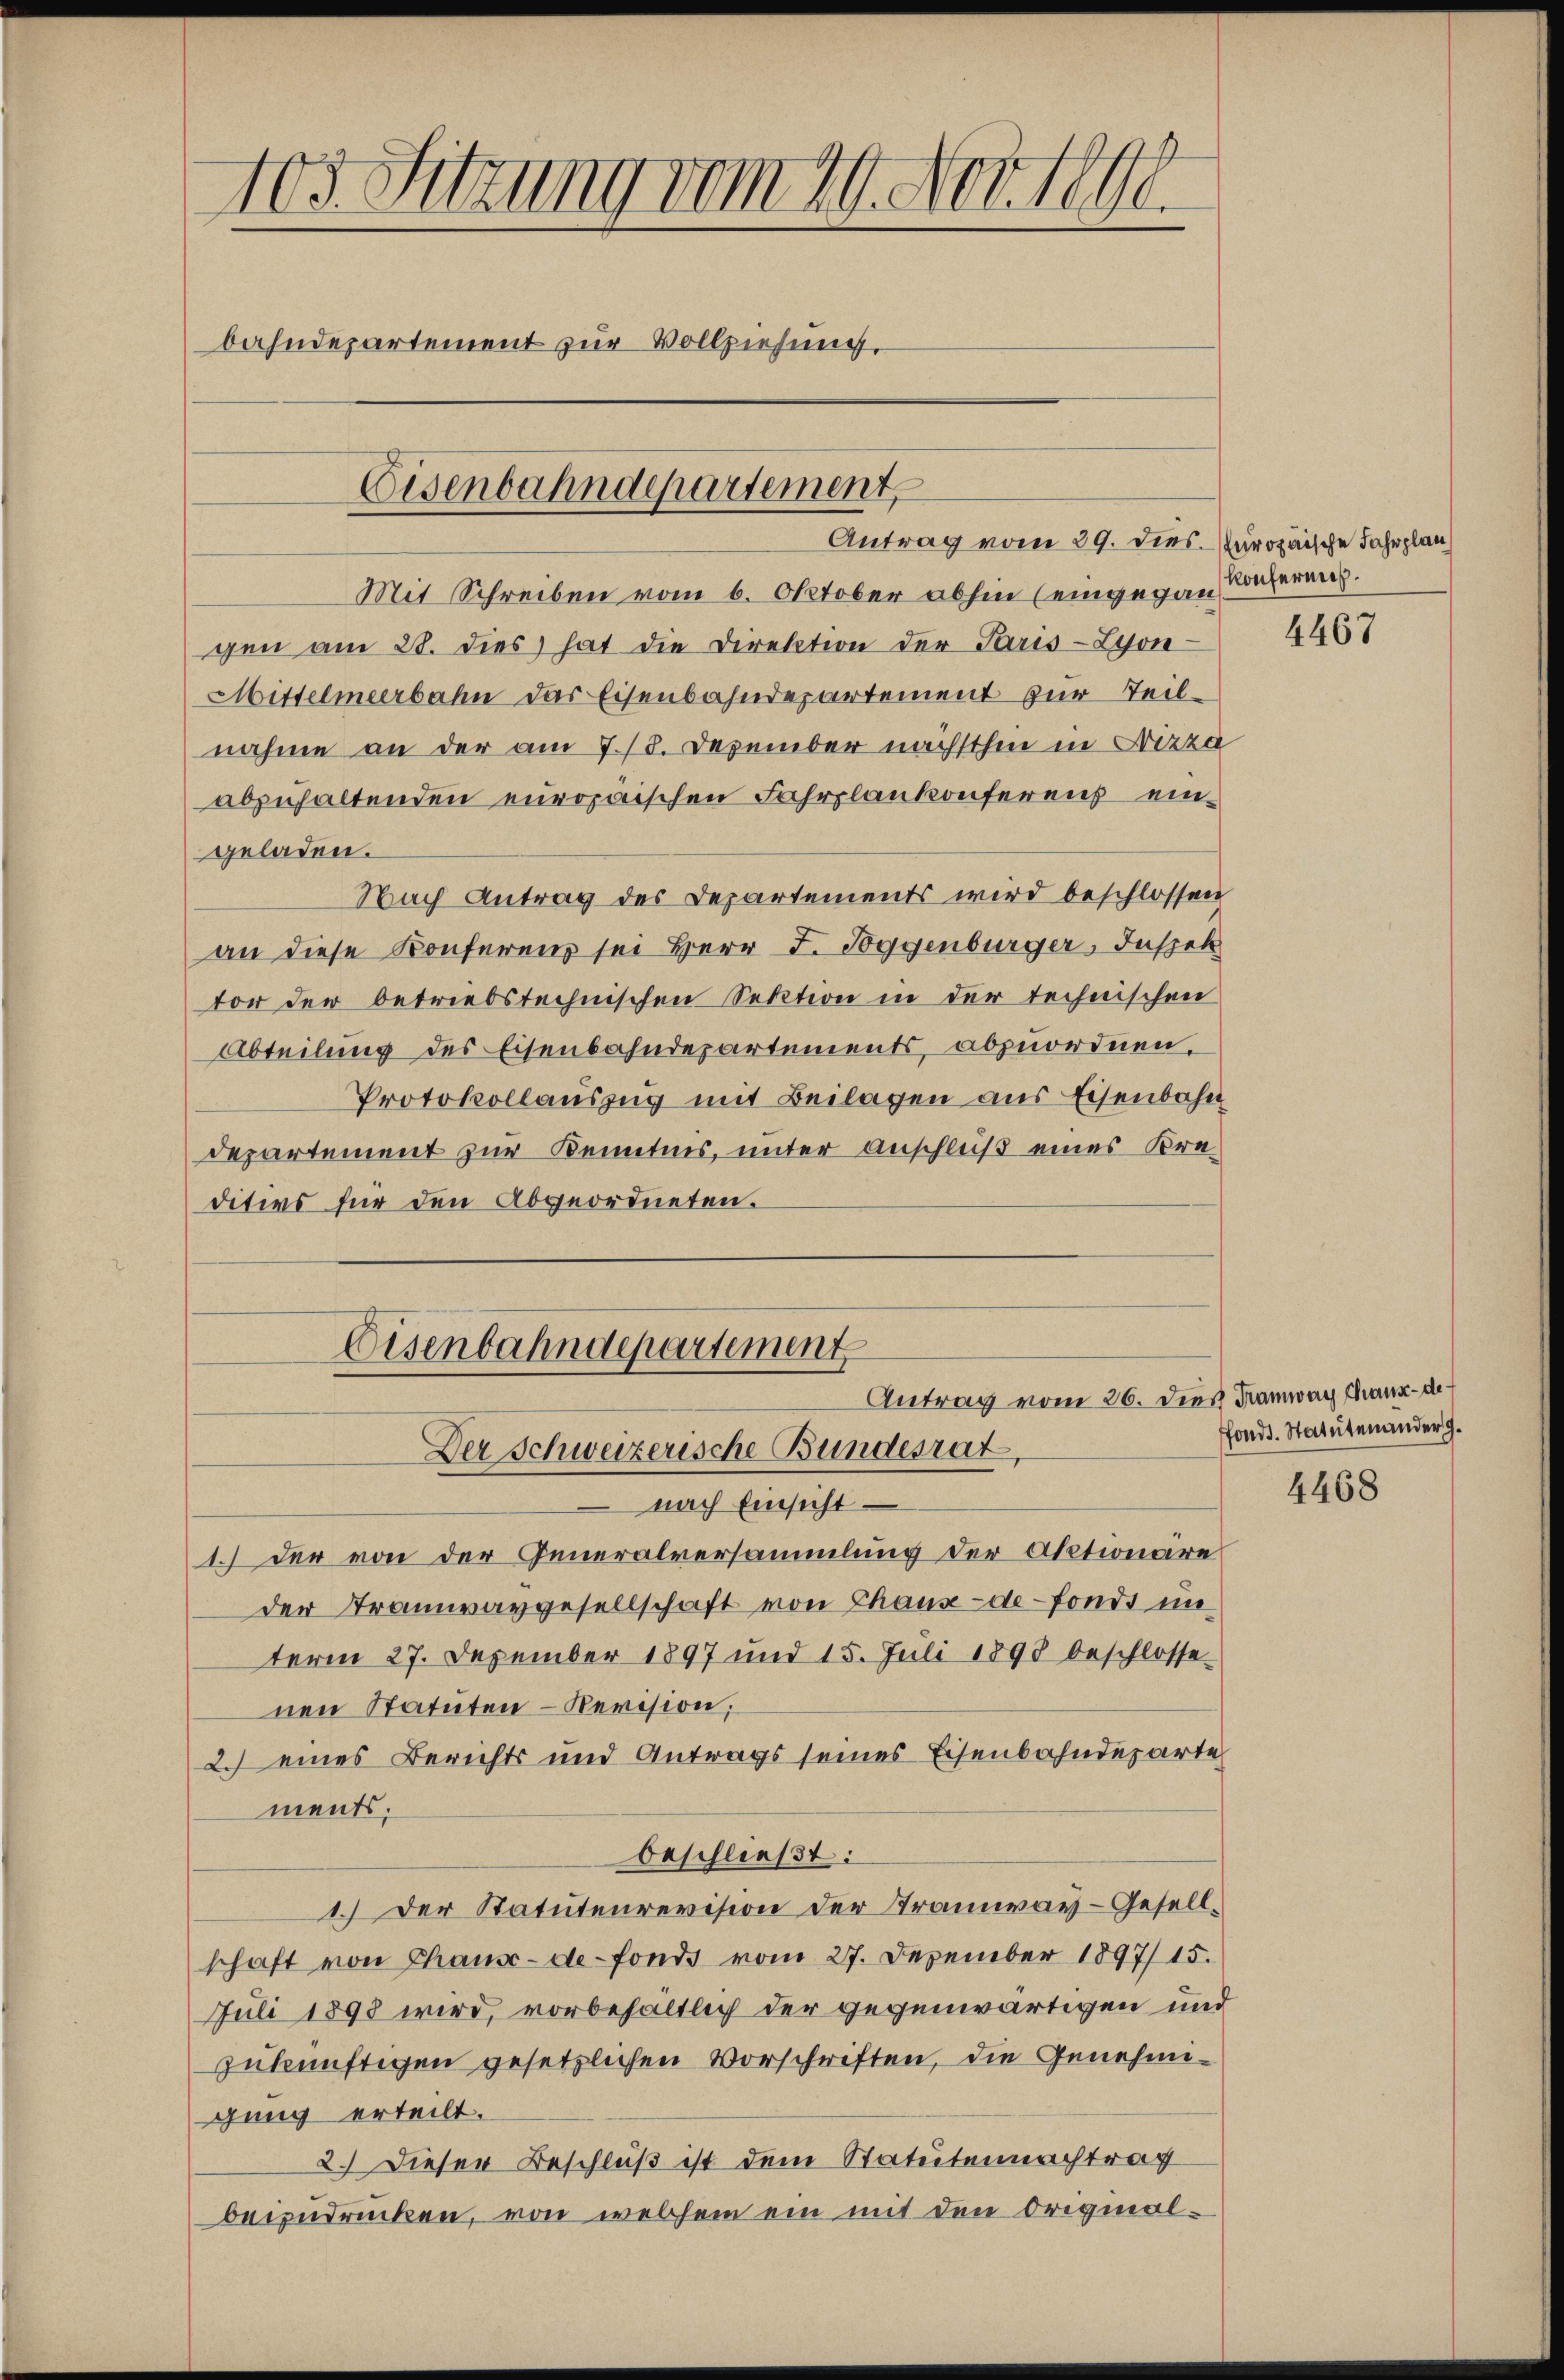
103. Sitzung vom 29. Nov. 1891
bahndepartement zur Vollziehung,
Eisenbahndepartement

Eisenbahndepartement
Antrag vom 26. dies Tramway thaus de
Der Schweizerische Bundesrat

Antrag vom 29. dies Paropaische Fahrplan

Mit Schreiben vom 6. Oktober abhin (eingegan
gen am 28. dies hat die Direktion der Paris-Lyon
Mittelmeerbahn das Eisenbahndepartement zur Teilnahme an der am 7./8. Dezember nächsthin in Nizza
abzuhaltenden europaischen Fahrplankonferens eingeladen.
Nach Antrag des Departements wird beschlossen
an diese Konferenz sei Herr F. Poggenburger, Jassek
vor der betriebstechnischen Sektion in der technischen
Abteilung des Eisenbahndepartements, abzuordnen,
Protokollauszug mit Beilagen aus Eisenbahn
Departement zur Kenntnis, unter anschluß eines Kre-
ditivs für den Abgeordneten.
nach Einsicht
1.) Der von der Generalversammlung der Aktionäre
der Tramwaygesellschaft von Thaus-de-Fonds unterm 27. Dezember 1897 und 15. Juli 1898 beschlosse-
nen Statuten – Revision,
2.) eines Berichts und Antrags seines Eisenbahndeparte
ments;
beschließt:
1.) Der Statutenrevision der Tramway-Gesellschaft von Thaus-de-Fonds vom 27. Dezember 1897/15.
Juli 1898 wird, vorbehältlich der gegenwärtigen und
zukünftigen gesetzlichen Vorschriften, die Genehmigung erteilt.
2.) Dieser Beschluß ist dem Statutennachtrag
beizudrücken, von welchem ein mit den Original-

konferne.

4467

fondt. Statutenander g

4468